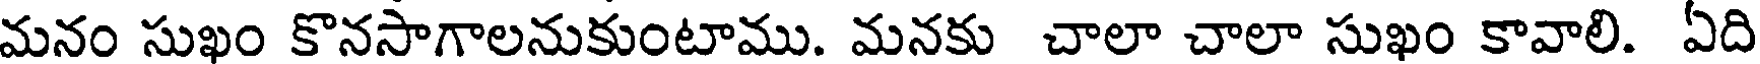
మనం సుఖం కొనసాగాలనుకుంటాము. మనకు చాలా చాలా సుఖం కావాలి. ఏది